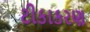
ટીકાકરણ